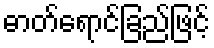
ဓာတ်ရောင်ခြည်ဖြင့်